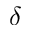
\delta